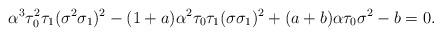
LaTeX: \begin{align*}\alpha^3 \tau_0^2 \tau_1 (\sigma^2 \sigma_1)^2 - (1+a) \alpha^2 \tau_0 \tau_1 (\sigma \sigma_1)^2 + (a+b) \alpha \tau_0 \sigma^2 - b = 0.\end{align*}